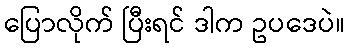
ပြောလိုက် ပြီးရင် ဒါက ဥပဒေပဲ။